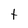
Character: t